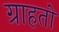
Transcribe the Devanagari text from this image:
ग्राहतों